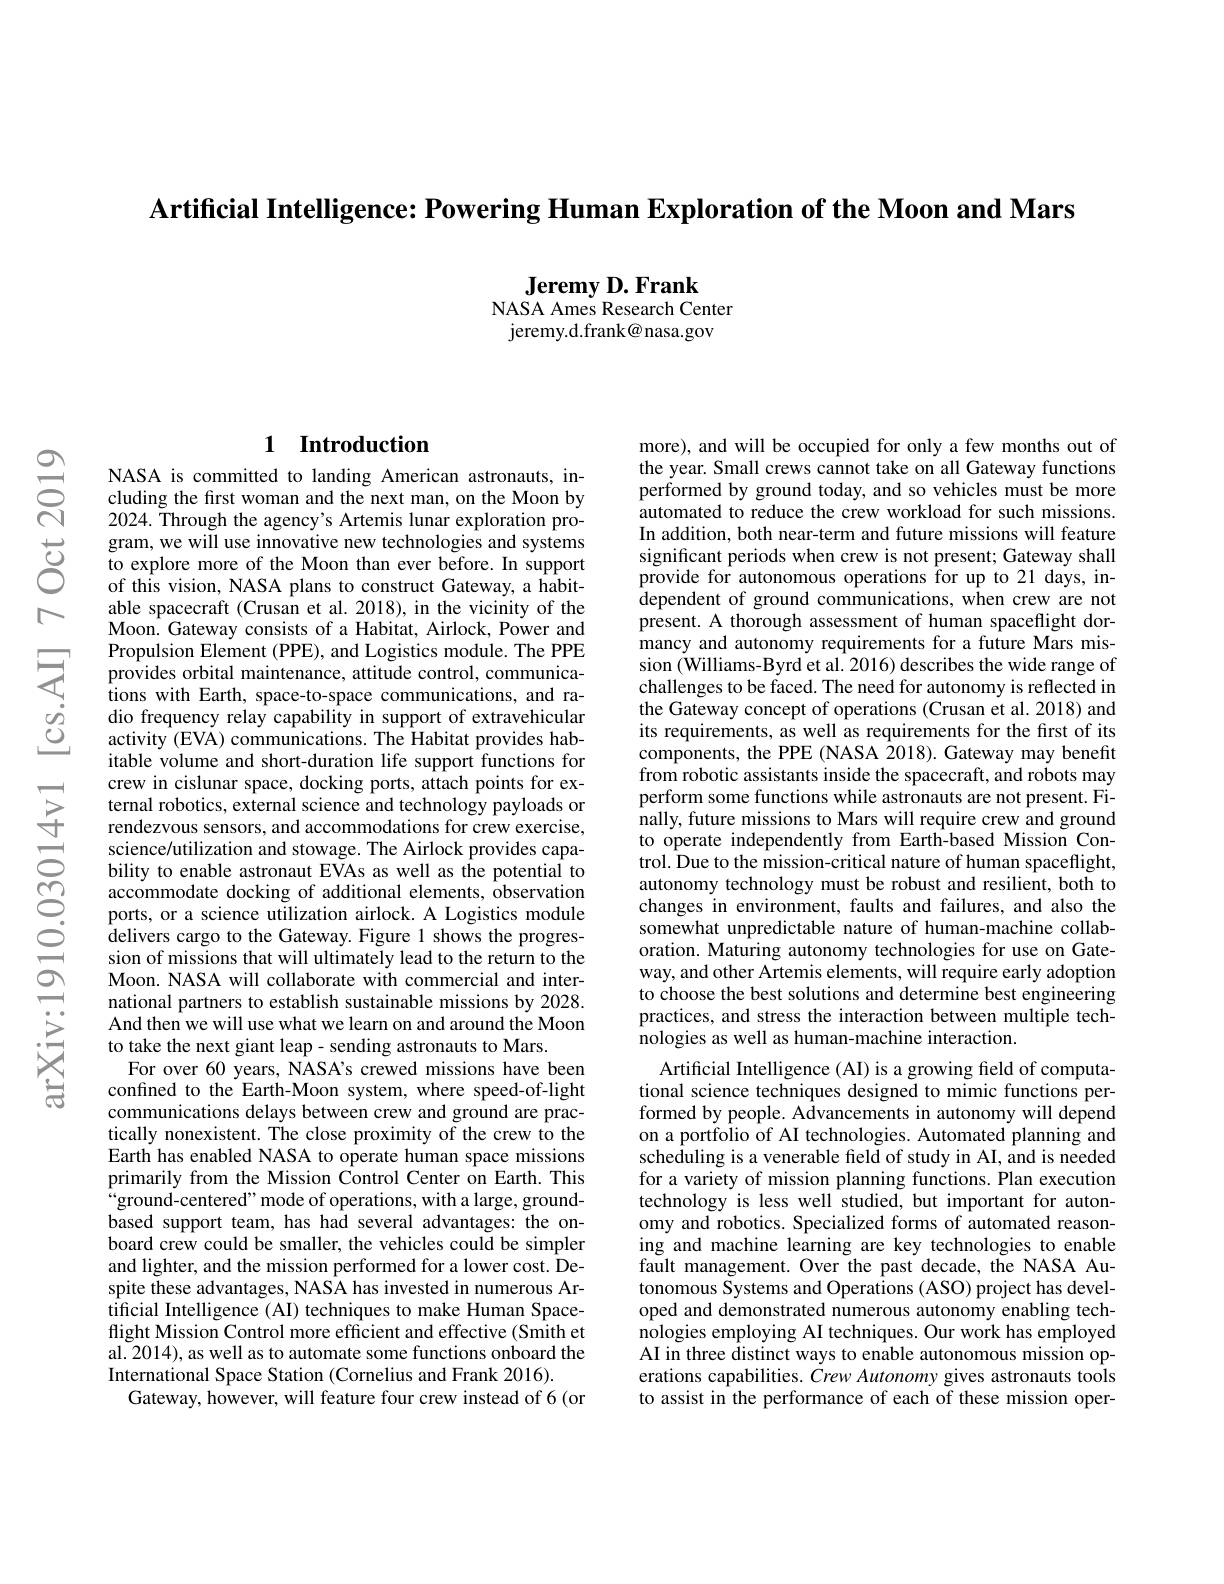
Artificial Intelligence: Powering Human Exploration of the Moon and Mars

Jeremy D. Frank
NASA Ames Research Center jeremy.d.frank@nasa.gov

# 1 Introduction

NASA is committed to landing American astronauts, including the first woman and the next man, on the Moon by 2024. Through the agency's Artemis lunar exploration program, we will use innovative new technologies and systems to explore more of the Moon than ever before. In support of this vision, NASA plans to construct Gateway, a habitable spacecraft (Crusan et al. 2018), in the vicinity of the Moon. Gateway consists of a Habitat, Airlock, Power and Propulsion Element (PPE), and Logistics module. The PPE provides orbital maintenance, attitude control, communica- tions with Earth, space- to- space communications, and ra- dio frequency relay capability in support of extravehicular activity (EVA) communications. The Habitat provides habitable volume and short-duration life support functions for crew in cislunar space, docking ports, attach points for external robotics, external science and technology payloads or rendezvous sensors, and accommodations for crew exercise, science/utilization and stowage. The Airlock provides capability to enable astronaut EVAs as well as the potential to accommodate docking of additional elements, observation ports, or a science utilization airlock. A Logistics module delivers cargo to the Gateway. Figure 1 shows the progression of missions that will ultimately lead to the return to the Moon. NASA will collaborate with commercial and international partners to establish sustainable missions by 2028. And then we will use what we learn on and around the Moon to take the next giant leap - sending astronauts to Mars.
For over 60 years, NASA's crewed missions have been confined to the Earth-Moon system, where speed-of-light communications delays between crew and ground are practically nonexistent. The close proximity of the crew to the Earth has enabled NASA to operate human space missions primarily from the Mission Control Center on Earth. This ${\mathrm{~a}}_{\mathrm{ground-centered"mode~of~operations,~with~a~large,~ground-}}$ based support team, has had several advantages: the onboard crew could be smaller, the vehicles could be simpler and lighter, and the mission performed for a lower cost. Despite these advantages, NASA has invested in numerous Artificial Intelligence (AI) techniques to make Human Spaceflight Mission Control more efficient and effective (Smith et al. 2014), as well as to automate some functions onboard the International Space Station (Cornelius and Frank 2016).
Gateway, however, will feature four crew instead of 6(or

more), and will be occupied for only a few months out of the year. Small crews cannot take on all Gateway functions performed by ground today, and so vehicles must be more automated to reduce the crew workload for such missions. In addition, both near-term and future missions will feature significant periods when crew is not present; Gateway shall provide for autonomous operations for up to 21 days, in- $\hat{\text{dependent of ground communications,when crew are not}}$ present. A thorough assessment of human spaceflight dormancy and autonomy requirements for a future Mars mission (Williams-Byrd et al. 2016) describes the wide range of challenges to be faced. The need for autonomy is reflected in the Gateway concept of operations (Crusan et al. 2018) and its requirements, as well as requirements for the first of its components, the PPE (NASA 2018). Gateway may benefit from robotic assistants inside the spacecraft, and robots may perform some functions while astronauts are not present. Finally, future missions to Mars will require crew and ground to operate independently from Earth-based Mission Control. Due to the mission-critical nature of human spaceflight, autonomy technology must be robust and resilient, both to changes in environment, faults and failures, and also the somewhat unpredictable nature of human-machine collaboration. Maturing autonomy technologies for use on Gateway, and other Artemis elements, will require early adoption to choose the best solutions and determine best engineering practices, and stress the interaction between multiple technologies as well as human-machine interaction.
Artificial Intelligence (AI) is a growing field of computational science techniques designed to mimic functions performed by people. Advancements in autonomy will depend on a portfolio of AI technologies. Automated planning and scheduling is a venerable field of study in AI, and is needed for a variety of mission planning functions. Plan execution technology is less well studied, but important for autonomy and robotics. Specialized forms of automated reasoning and machine learning are key technologies to enable fault management. Over the past decade, the NASA Autonomous Systems and Operations (ASO) project has developed and demonstrated numerous autonomy enabling technologies employing AI techniques. Our work has employed AI in three distinct ways to enable autonomous mission operations capabilities. Crew Autonomy gives astronauts tools to assist in the performance of each of these mission oper-